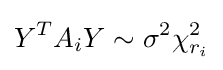
Y^{T}A_{i}Y\sim \sigma ^{2}\chi _{r_{i}}^{2}